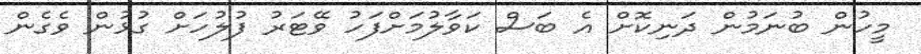
މީހުން ބުނަމުން ދަނިކޮށް އެ ބަސް ކަވާލުމަށްފަހު ވޭޓަރު ފުލުހަށް ގުޅުން ވެގެން